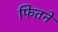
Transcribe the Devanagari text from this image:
फितने